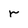
Character: r